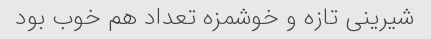
شیرینی تازه و خوشمزه تعداد هم خوب بود